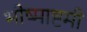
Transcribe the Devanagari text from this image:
भीष्माष्टमी